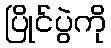
ပြိုင်ပွဲကို